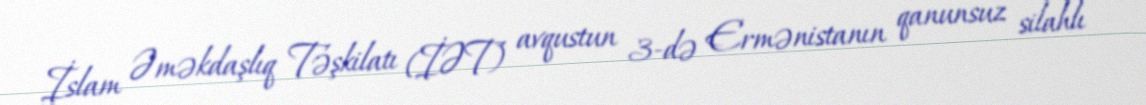
İslam Əməkdaşlıq Təşkilatı (İƏT) avqustun 3-də Ermənistanın qanunsuz silahlı